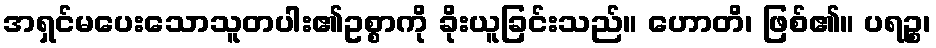
အရှင်မပေးသောသူတပါး၏ဥစ္စာကို ခိုးယူခြင်းသည်။ ဟောတိ၊ ဖြစ်၏။ ပရဉ္စ၊